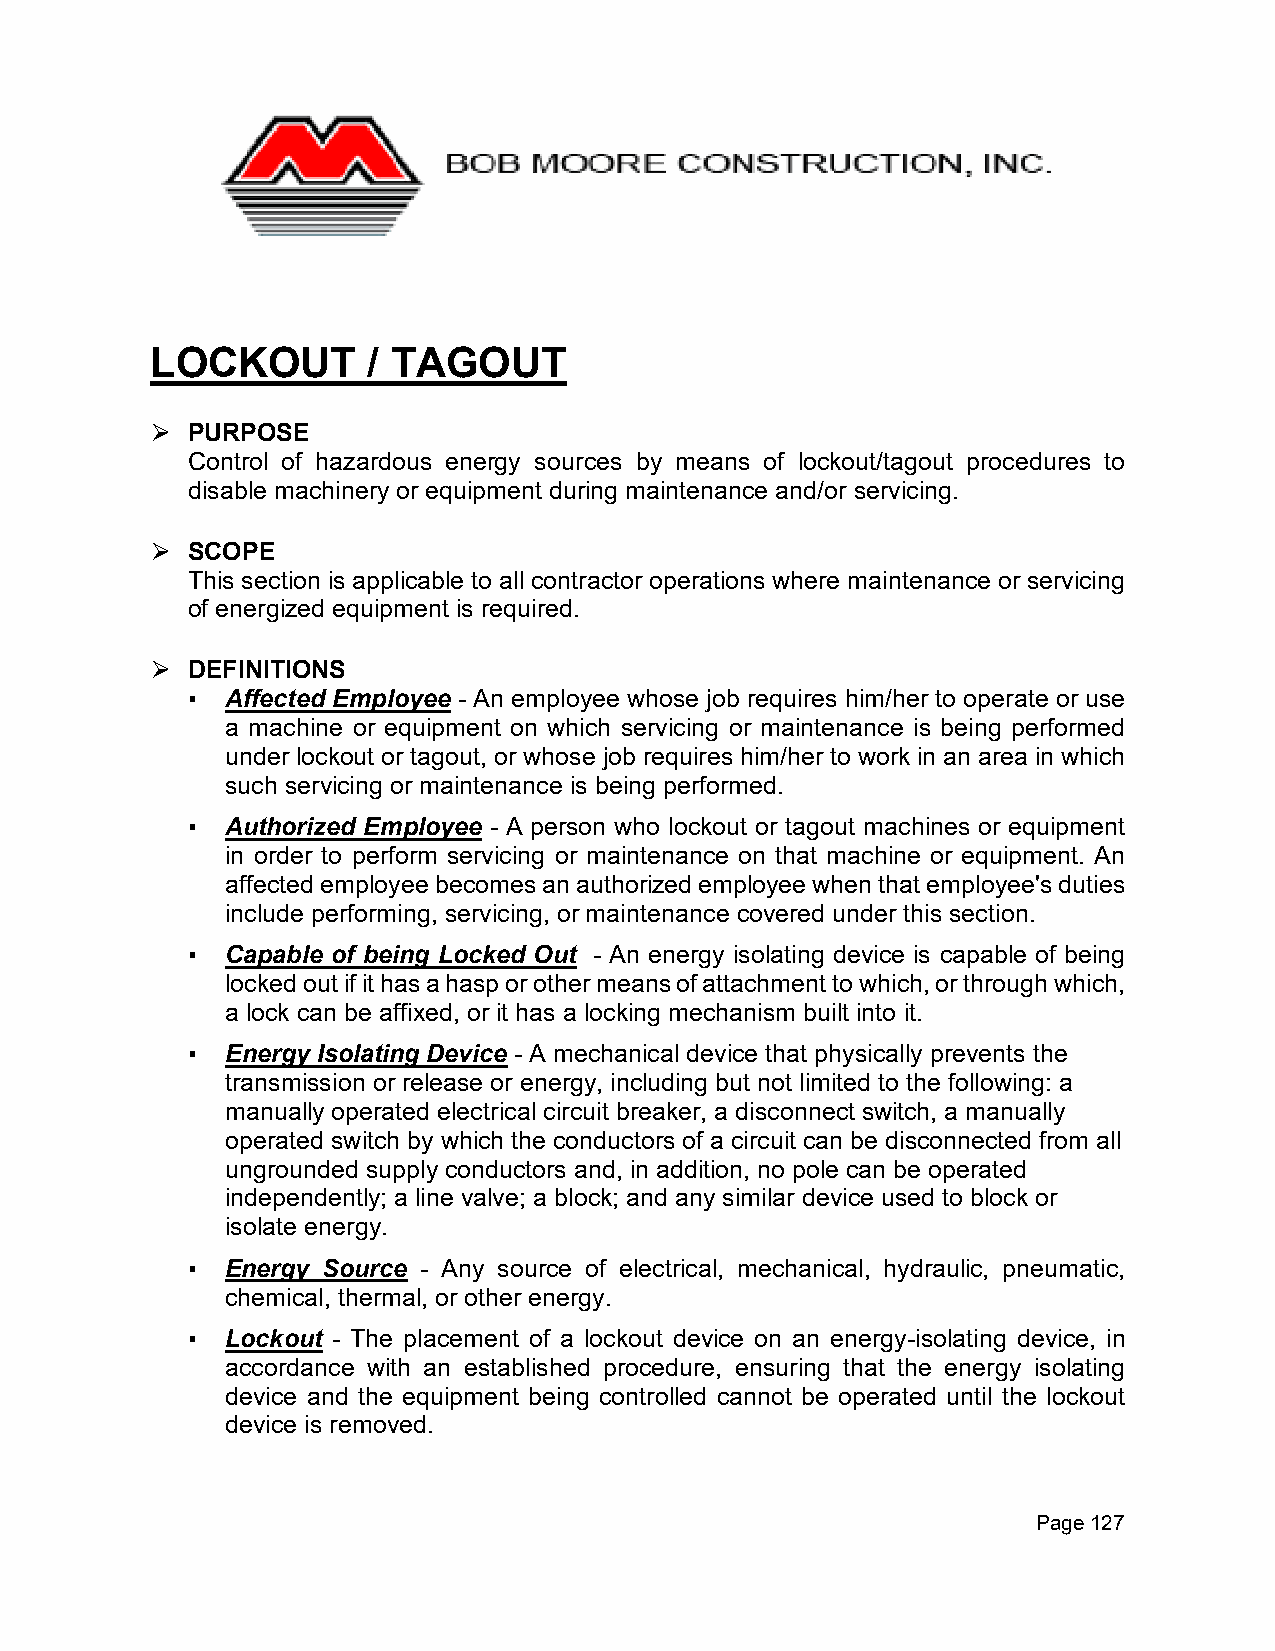
LOCKOUT       / TAGOUT
 PURPOSE
 ⮚
 Control of hazardous energy sources by means of lockout/tagout procedures to
 disable machinery or equipment during maintenance and/or servicing.
 SCOPE
 ⮚
 This section is applicable to all contractor operations where maintenance or servicing
 of energized equipment is required.
 DEFINITIONS
 ⮚
 ▪  Affected Employee - An employee whose job requires him/her to operate or use
 a machine or equipment on which servicing or maintenance is being performed
 under lockout or tagout, or whose job requires him/her to work in an area in which
 such servicing or maintenance is being performed.
 ▪  Authorized Employee - A person who lockout or tagout machines or equipment
 in order to perform servicing or maintenance on that machine or equipment. An
 affected employee becomes an authorized employee when that employee's duties
 include performing, servicing, or maintenance covered under this section.
 ▪  Capable of being Locked Out - An energy isolating device is capable of being
 locked out if it has a hasp or other means of attachment to which, or through which,
 a lock can be affixed, or it has a locking mechanism built into it.
 ▪  Energy Isolating Device - A mechanical device that physically prevents the
 transmission or release or energy, including but not limited to the following: a
 manually operated electrical circuit breaker, a disconnect switch, a manually
 operated switch by which the conductors of a circuit can be disconnected from all
 ungrounded supply conductors and, in addition, no pole can be operated
 independently; a line valve; a block; and any similar device used to block or
 isolate energy.
 ▪  Energy Source - Any source of electrical, mechanical, hydraulic, pneumatic,
 chemical, thermal, or other energy.
 ▪  Lockout - The placement of a lockout device on an energy-isolating device, in
 accordance with an established procedure, ensuring that the energy isolating
 device and the equipment being controlled cannot be operated until the lockout
 device is removed.
 Page 127